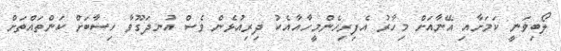
ލޯބިވަނީ ކަމަށާއި އޭނާއަށް މިހާރު އެފިރިހެންމީހާއާއެކު ދިރިއުޅެން ވެސް އުނދަގޫވާ ހިސާބަށް ކަންތައްތަށް